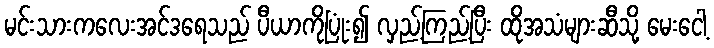
မင်းသားကလေးအင်ဒရေသည် ပီယာကိုပြုံး၍ လှည့်ကြည့်ပြီး ထိုအသံများဆီသို့ မေးငေါ့